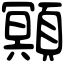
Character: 䫤